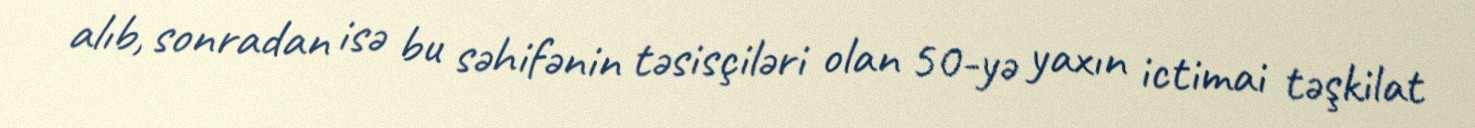
alıb, sonradan isə bu səhifənin təsisçiləri olan 50-yə yaxın ictimai təşkilat